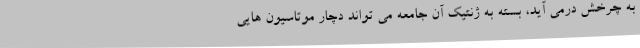
به چرخش درمی آید، بسته به ژنتیک آن جامعه می تواند دچار موتاسیون هایی